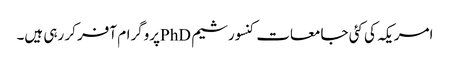
امریکہ کی کئی جامعات کنسورشیم PhDپروگرام آفر کر رہی ہیں۔